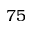
7 5